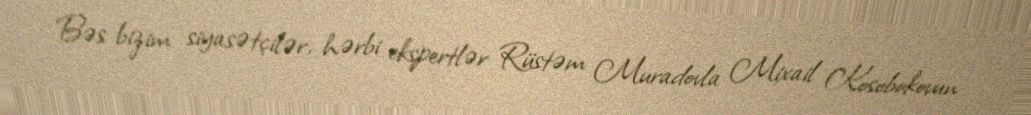
Bəs bizim siyasətçilər, hərbi ekspertlər Rüstəm Muradovla Mixail Kosobokovun